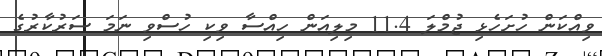
ވިއްކަން ހުށަހެޅި ޖުމްލަ 11.4 މިލިއަން ހިއްސާ ވިކި ހުސްވި ނަމަ ސަރުކާރުގެ